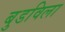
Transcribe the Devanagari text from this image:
बुडविला